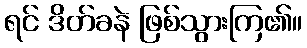
ရင် ဒိတ်ခနဲ ဖြစ်သွားကြ၏။